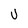
Character: U